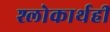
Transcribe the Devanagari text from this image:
श्लोकार्थही